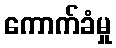
ကောက်ခံမှု